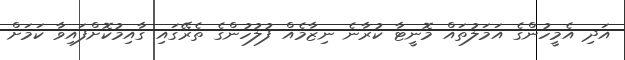
އަދި އެމީހުންގެ އަމަލުތައް މޮނީޓާ ކުރާނެ ނިޒާމެއް ފުލުހުންގެ ތެރޭގައި ގާއިމުކޮށްފައިވާ ކަމަށް